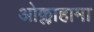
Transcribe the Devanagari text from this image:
ओक्लाहामा